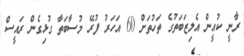
ރާނީ ކުއީން އެލިޒަބަތުގެ ތަހުތަށް 60 އަހަރު ފުރޭ މުސާބަތާ ގުޅިގެން ރައީސް